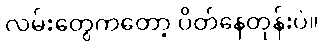
လမ်းတွေကတော့ ပိတ်နေတုန်းပဲ။